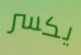
يكسر